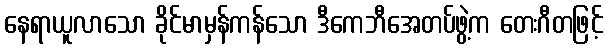
နေရာယူလာသော ခိုင်မာမှန်ကန်သော ဒီကေဘီအေတပ်ဖွဲ့က တေးဂီတဖြင့်